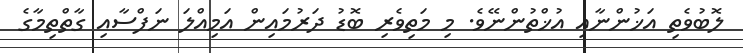
ލޮބުވެތި އަޚުންނާއި އުޚްތުންނޭވެ. މި މަތިވެރި ބޮޑު ދަރުމައިން އަމިއްލަ ނަފްސާއި ގާތްތިމާގެ